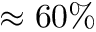
\approx 6 0 \%